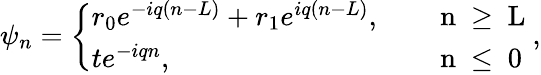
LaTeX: \begin{array}{r}{\psi_{n}=\left\{ \begin{array}{ll}{r_{0}e^{-iq(n-L)}+r_{1}e^{iq(n-L)},}&{\quad\mathrm{~n~\geq~L~}}\\ {te^{-iqn},}&{\quad\mathrm{~n~\leq~0~}}\end{array}\right.,}\end{array}